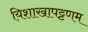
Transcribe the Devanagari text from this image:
यिशाखापट्टणम